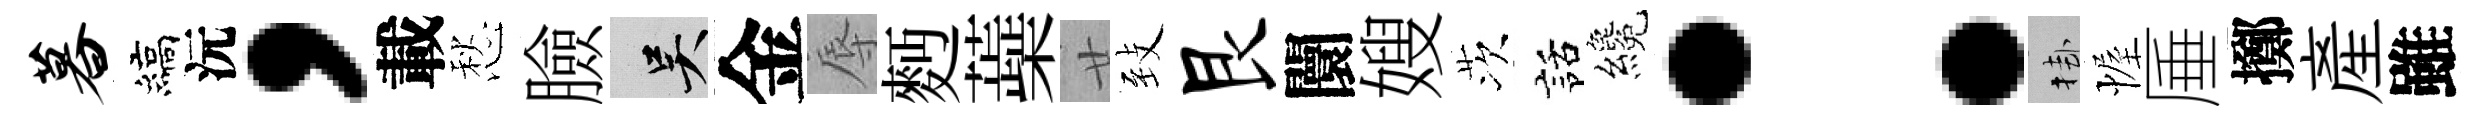
暮縞沅，載愁臉吴金辱麪蘃廿𦤺艮闤嫂茨話纔：挂幄厜擲産雖